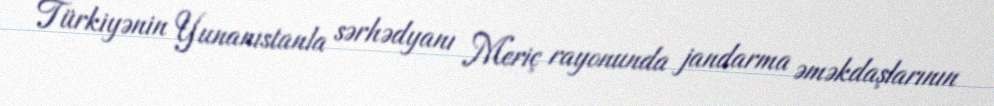
Türkiyənin Yunanıstanla sərhədyanı Meriç rayonunda jandarma əməkdaşlarının